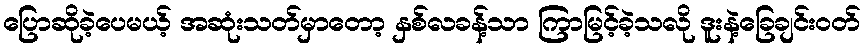
ပြောဆိုခဲ့ပေမယ့် အဆုံးသတ်မှာတော့ နှစ်လခန့်သာ ကြာမြင့်ခဲ့သလို ဒူးနဲ့ခြေချင်းဝတ်